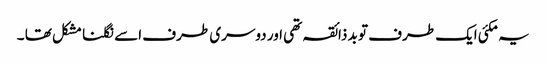
یہ مکئی ایک طرف تو بد ذائقہ تھی اور دوسری طرف اسے نگلنا مشکل تھا ۔